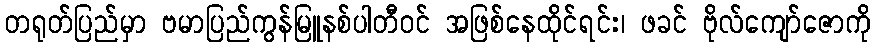
တရုတ်ပြည်မှာ ဗမာပြည်ကွန်မြူနစ်ပါတီဝင် အဖြစ်နေထိုင်ရင်း၊ ဖခင် ဗိုလ်ကျော်ဇောကို